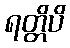
ရတ္တိပိ